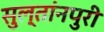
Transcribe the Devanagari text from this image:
सुल्तांनपुरी